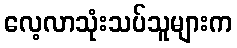
လေ့လာသုံးသပ်သူများက